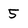
Character: 5